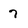
Character: 7